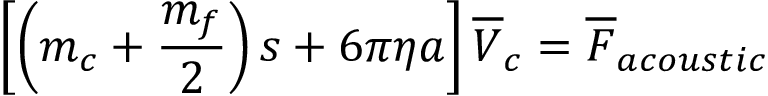
\left[ \left( m _ { c } + \frac { m _ { f } } { 2 } \right) s + 6 \pi \eta a \right] \overline { { V } } _ { c } = \overline { { F } } _ { a c o u s t i c }